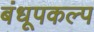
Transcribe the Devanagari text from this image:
बंधूपकल्प